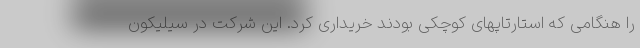
را هنگامی که استارتاپهای کوچکی بودند خریداری کرد. این شرکت در سیلیکون